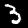
Digit: 3